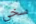
سخي